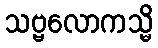
သဗ္ဗလောကသ္မိ